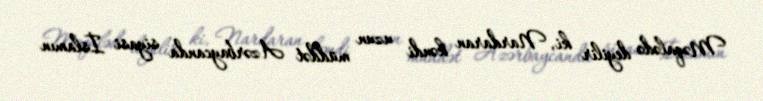
Məqalədə deyilir ki, Nardaran kəndi uzun müddət Azərbaycanda siyasi İslamın